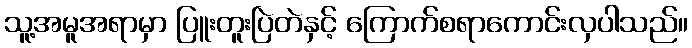
သူ့အမူအရာမှာ ပြူးတူးပြဲတဲနှင့် ကြောက်စရာကောင်းလှပါသည်။